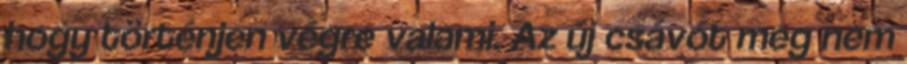
hogy történjen végre valami. Az új csávót meg nem